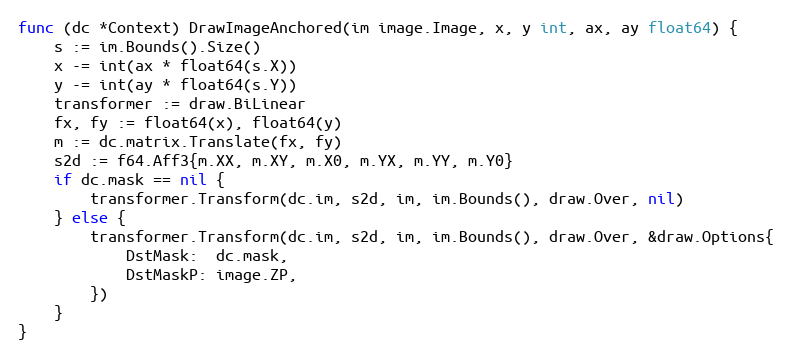
Language: Go
func (dc *Context) DrawImageAnchored(im image.Image, x, y int, ax, ay float64) {
	s := im.Bounds().Size()
	x -= int(ax * float64(s.X))
	y -= int(ay * float64(s.Y))
	transformer := draw.BiLinear
	fx, fy := float64(x), float64(y)
	m := dc.matrix.Translate(fx, fy)
	s2d := f64.Aff3{m.XX, m.XY, m.X0, m.YX, m.YY, m.Y0}
	if dc.mask == nil {
		transformer.Transform(dc.im, s2d, im, im.Bounds(), draw.Over, nil)
	} else {
		transformer.Transform(dc.im, s2d, im, im.Bounds(), draw.Over, &draw.Options{
			DstMask:  dc.mask,
			DstMaskP: image.ZP,
		})
	}
}